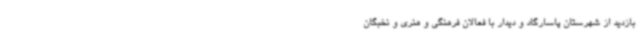
بازدید از شهرستان پاسارگاد و دیدار با فعالان فرهنگی و هنری و نخبگان